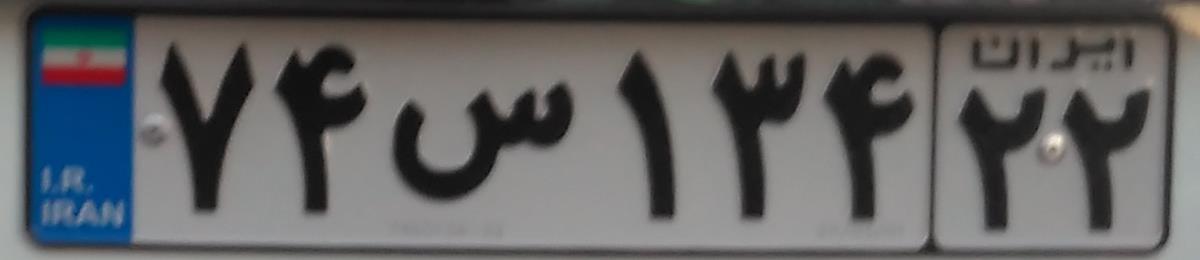
۷۴س۱۳۴۲۲